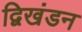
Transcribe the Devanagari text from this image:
द्विखंडन